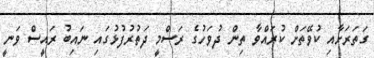
ގަތަރަށާއި ކުވޭތަށް ކުރައްވާ ތިން ދުވަހުގެ ރަސްމީ ދަތުރުފުޅުގައި ނައިބު ރައީސް ވަނީ